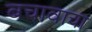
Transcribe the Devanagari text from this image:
बचावाचा